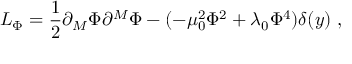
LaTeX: { \cal L } _ { \Phi } = \frac { 1 } { 2 } \partial _ { M } \Phi \partial ^ { M } \Phi - ( - \mu _ { 0 } ^ { 2 } \Phi ^ { 2 } + \lambda _ { 0 } \Phi ^ { 4 } ) \delta ( y ) \; ,